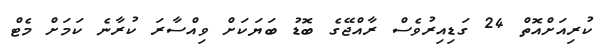
ކުރިއަށްއޮތް 24 ގަޑިއިރުވެސް ރާއްޖޭގެ ބޮޑު ބަޔަކަށް ވިއްސާރަ ކުރާނެ ކަމަށް މެޓް